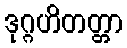
ဒုဂ္ဂဟိတတ္တာ